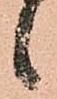
ヽ